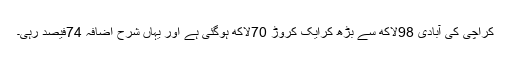
کراچی کی آبادی 98لاکھ سے بڑھ کرایک کروڑ 70لاکھ ہوگئی ہے اور یہاں شرح اضافہ 74فیصد رہی۔